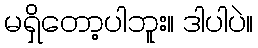
မရှိတော့ပါဘူး။ ဒါပါပဲ။